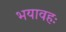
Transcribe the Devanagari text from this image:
भयावहः